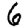
Digit: 6